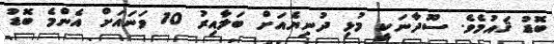
ބޮޑު ޤައުމެވެ. ސޫދާނަކީ މުޅި ދުނިޔެއަށް ބަލާއިރު 10 ވަނައަށް އެންމެ ބޮޑު